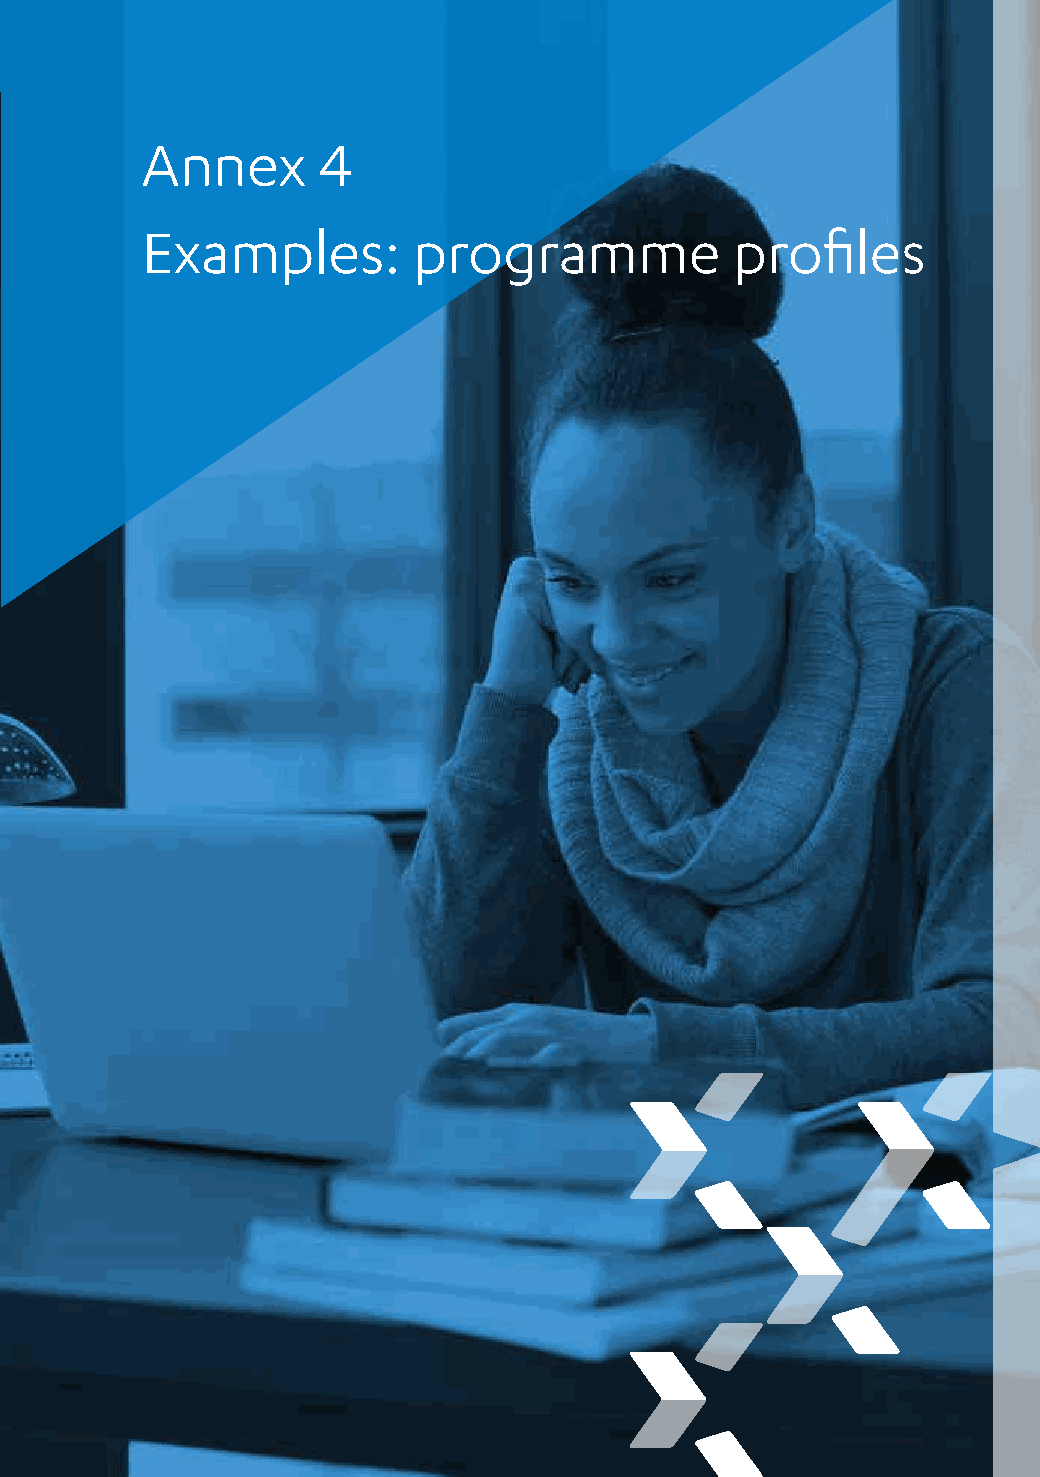
Annex       4
 Examples:         programme            profiles